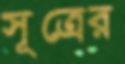
সূত্রের